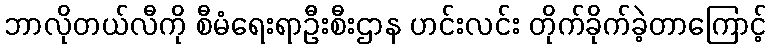
ဘာလိုတယ်လီကို စီမံရေးရာဦးစီးဌာန ဟင်းလင်း တိုက်ခိုက်ခဲ့တာကြောင့်